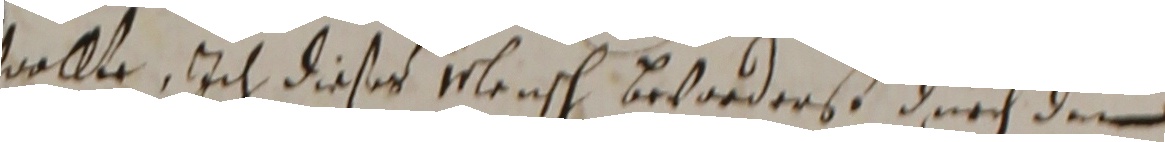
wollte, ich dieses elensch beorders, durch den